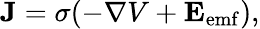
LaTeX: \mathbf{J}=\sigma(-\nabla V+\mathbf{E}_{\mathrm{emf}}),